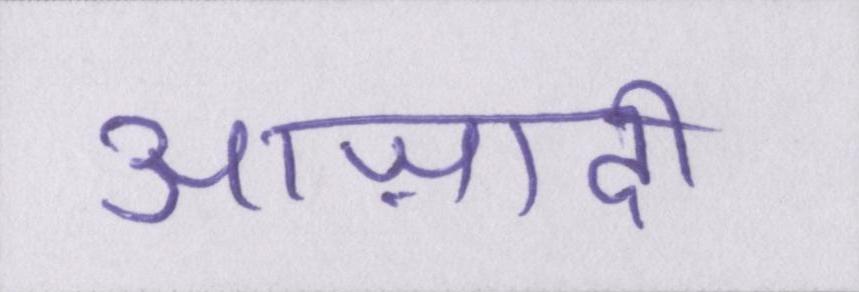
आज़ादी